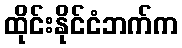
ထိုင်းနိုင်ငံဘက်က